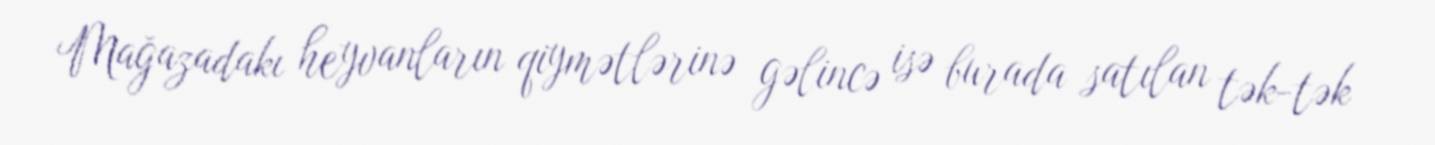
Mağazadakı heyvanların qiymətlərinə gəlincə isə burada satılan tək-tək